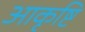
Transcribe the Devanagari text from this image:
आकृष्टि